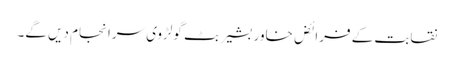
نقابت کے فرائض خاور بشیر بٹ گولڑوی سرانجام دیں گے۔